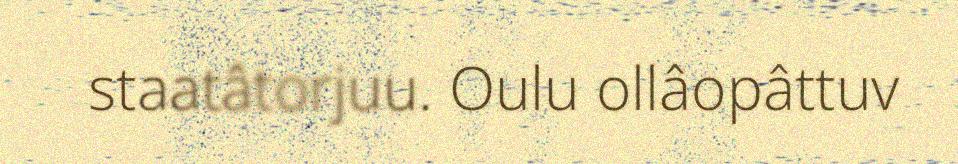
staatâtorjuu. Oulu ollâopâttuv